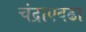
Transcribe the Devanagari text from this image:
चंद्राएवढा